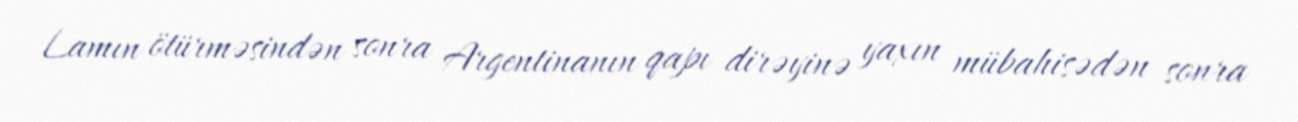
Lamın ötürməsindən sonra Argentinanın qapı dirəyinə yaxın mübahisədən sonra